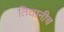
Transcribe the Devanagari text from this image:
तिघानीच